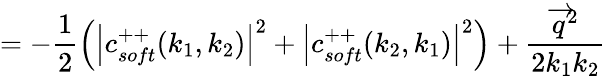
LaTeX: =-\frac 12\left(\left|c_{soft}^{++}(k_{1},k_{2})\right|^{2}+\left|c_{soft}^{++}(k_{2},k_{1})\right|^{2}\right)+\frac{\overrightarrow{q}^{2}}{2k_{1}k_{2}}